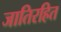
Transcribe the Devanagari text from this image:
जातिरहित